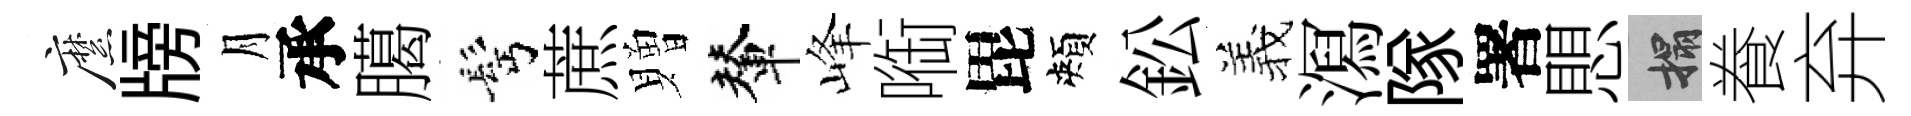
縻牓月承臈髩蔗贈輦峰㗸毘頰鈆羲㵼隊署愳搨飬弃